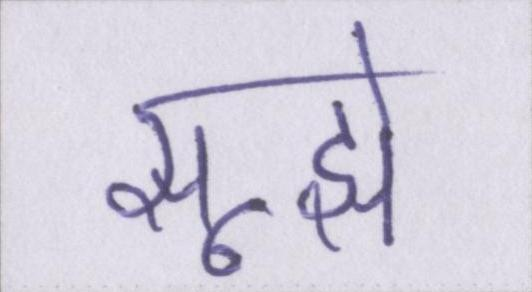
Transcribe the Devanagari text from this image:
सूझे